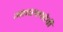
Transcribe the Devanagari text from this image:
आवल्लदेवी